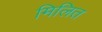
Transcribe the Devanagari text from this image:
मिलित